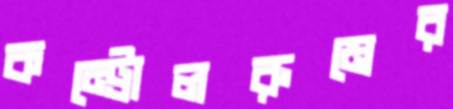
কন্ট্রোলরুমের